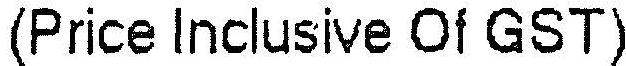
(PRICE INCLUSIVE OF GST)